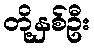
တို့နှစ်ဦး